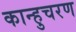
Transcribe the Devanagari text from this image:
कान्हुचरण